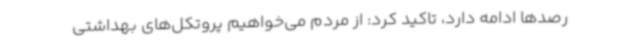
رصدها ادامه دارد، تاکید کرد:‌ از مردم می‌خواهیم پروتکل‌های بهداشتی